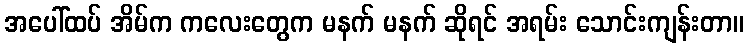
အပေါ်ထပ် အိမ်က ကလေးတွေက မနက် မနက် ဆိုရင် အရမ်း သောင်းကျန်းတာ။